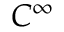
C ^ { \infty }